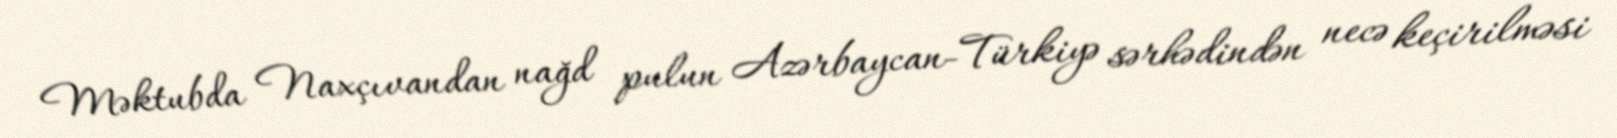
Məktubda Naxçıvandan nağd pulun Azərbaycan-Türkiyə sərhədindən necə keçirilməsi